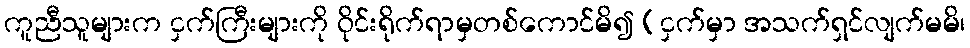
ကူညီသူများက ငှက်ကြီးများကို ဝိုင်းရိုက်ရာမှတစ်ကောင်မိ၍ (ငှက်မှာ အသက်ရှင်လျက်မမိ၊